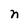
Character: n